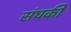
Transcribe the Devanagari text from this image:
संघकी